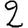
Digit: 2